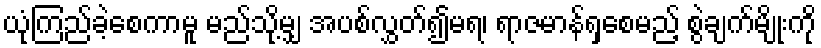
ယုံကြည်ခဲ့စေကာမူ မည်သို့မျှ အပစ်လွှတ်၍မရ၊ ရာဇမာန်ရှစေမည့် စွဲချက်မျိုးကို